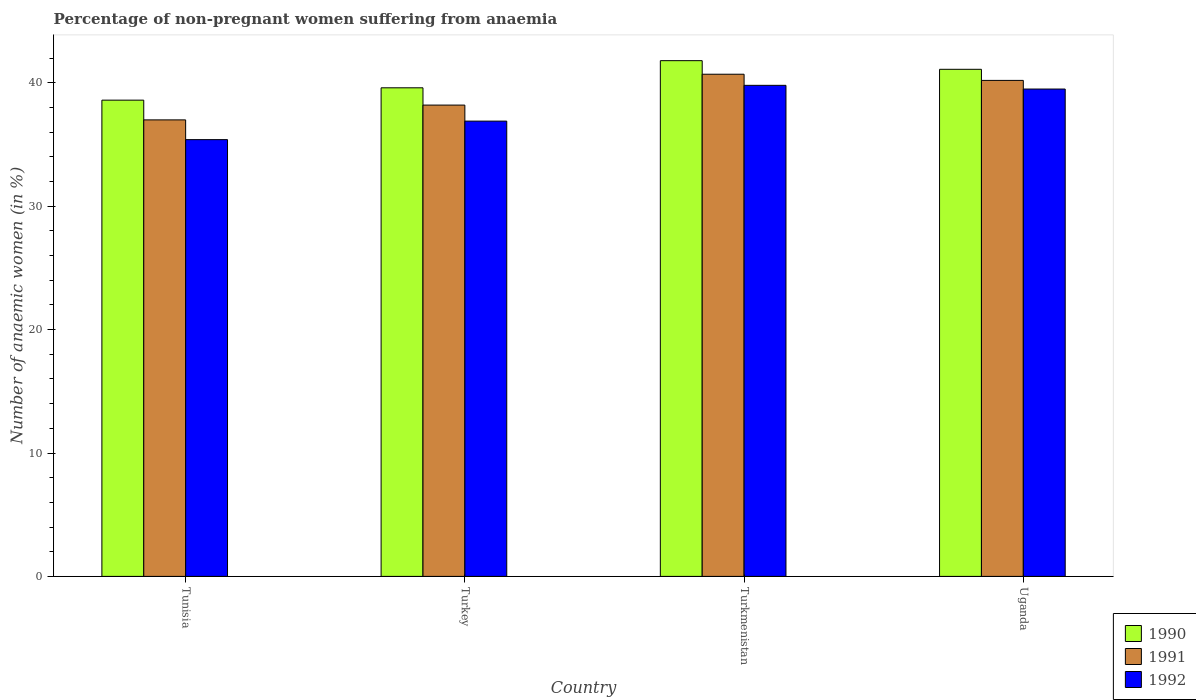
| Country | 1990 | 1991 | 1992 |
 | --- | --- | --- | --- |
 | Tunisia | 38.6 | 37 | 35.4 |
 | Turkey | 39.6 | 38.2 | 36.9 |
 | Turkmenistan | 41.8 | 40.7 | 39.8 |
 | Uganda | 41.1 | 40.2 | 39.5 |